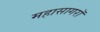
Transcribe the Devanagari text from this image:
महासागरॉ